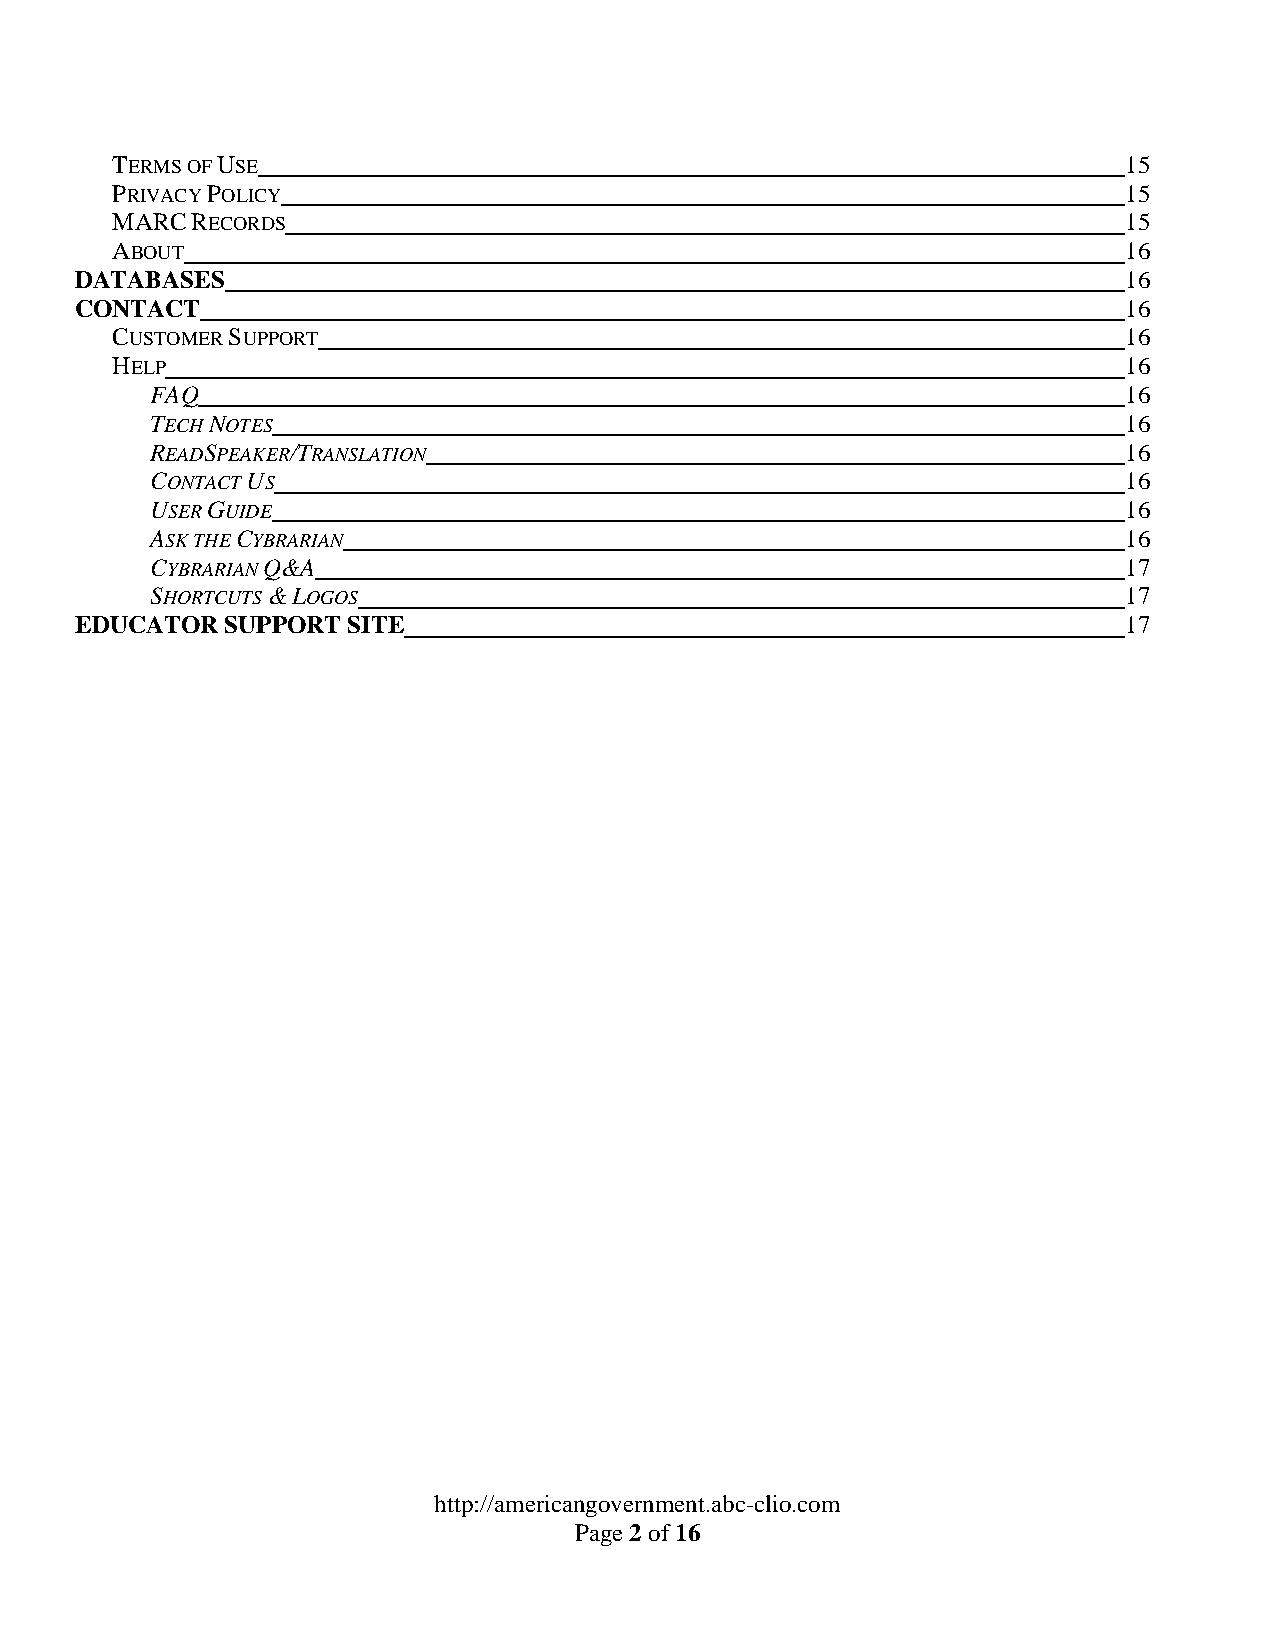
TERMS OF USE                                                       15
 PRIVACY POLICY                                                     15
 MARC  RECORDS                                                      15
 ABOUT                                                              16
 DATABASES                                                            16
 CONTACT                                                              16
 CUSTOMER SUPPORT                                                   16
 HELP                                                               16
 FAQ                                                             16
 TECH NOTES                                                      16
 READSPEAKER/TRANSLATION                                         16
 CONTACT US                                                      16
 USER GUIDE                                                      16
 ASK THE CYBRARIAN                                               16
 CYBRARIAN Q&A                                                   17
 SHORTCUTS & LOGOS                                               17
 EDUCATOR  SUPPORT SITE                                               17
 http://americangovernment.abc-clio.com
 Page 2 of 16